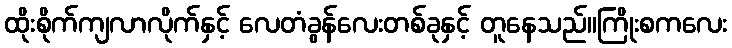
ထိုးစိုက်ကျလာလိုက်နှင့် လေတံခွန်လေးတစ်ခုနှင့် တူနေသည်။ကြိုးစကလေး